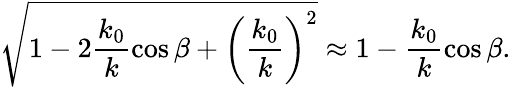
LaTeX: \sqrt{1-2\frac{k_{0}}{k}\cos\beta+\left(\frac{k_{0}}{k}\right)^{2}}\approx 1-\frac{k_{0}}{k}\cos\beta.